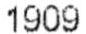
1909